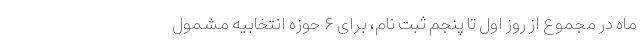
ماه در مجموع از روز اول تا پنجم ثبت نام، برای ۶ حوزه انتخابیه مشمول